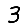
Digit: 3